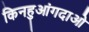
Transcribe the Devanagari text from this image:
किनहुआंगदाओ